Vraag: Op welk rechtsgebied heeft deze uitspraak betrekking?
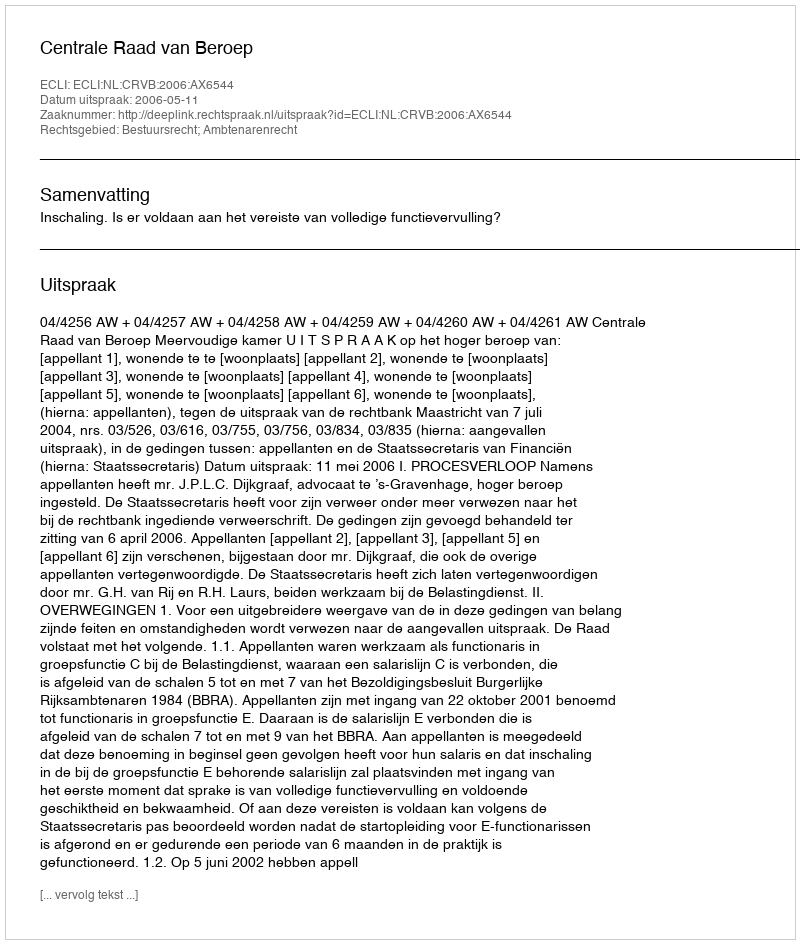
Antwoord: Bestuursrecht; Ambtenarenrecht